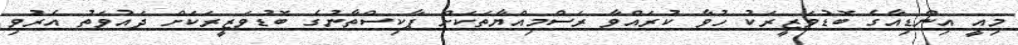
މިއީ އިންޑިއާގެ ބޮޑުވަޒީރަކު ހުވާ ކުރައްވާ ރަސްމިއްޔާތަަކަށް ޕާކިސްތާނުގެ ބޮޑުވަޒީރަކަށް ދައުވަތު އެރުވި